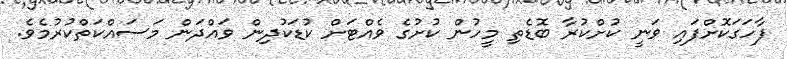
ފާހަގަކޮށްފައި ވަނީ ކުށްކުރާ ބޮޑެތި މީހުން ކުށުގެ ވެއްޓަށް ކުޑަކުދިން ވައްދަން މަސައްކަތްކުރުމެވެ.